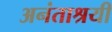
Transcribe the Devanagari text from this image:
अनंताश्रयी